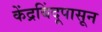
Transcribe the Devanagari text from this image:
केंद्रबिंदूपासून